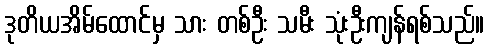
ဒုတိယအိမ်ထောင်မှ သား တစ်ဦး သမီး သုံးဦးကျန်ရစ်သည်။